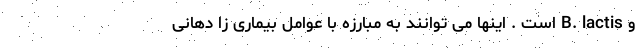
و B. lactis است . اینها می توانند به مبارزه با عوامل بیماری زا دهانی